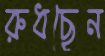
রুধছেন